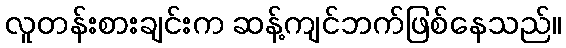
လူတန်းစားချင်းက ဆန့်ကျင်ဘက်ဖြစ်နေသည်။